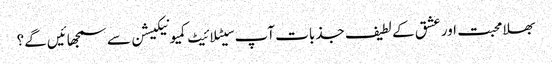
بھلا محبت اور عشق کے لطیف جذبات آپ سیٹلائیٹ کمیونیکیشن سے سمجھائیں گے؟